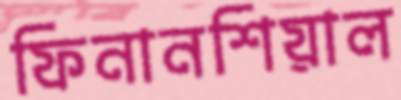
ফিনানশিয়াল